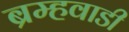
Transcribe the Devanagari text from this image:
ब्रम्हवाडी